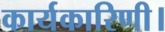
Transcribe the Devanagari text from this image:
कार्यकारिणी।